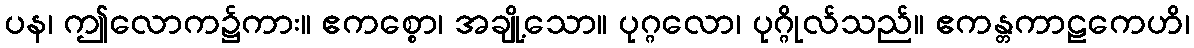
ပန၊ ဤလောက၌ကား။ ဧကစ္စော၊ အချို့သော။ ပုဂ္ဂလော၊ ပုဂ္ဂိုလ်သည်။ ဧကန္တကာဠကေဟိ၊